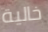
خالية